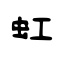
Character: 虹